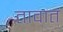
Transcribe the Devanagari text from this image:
तावात